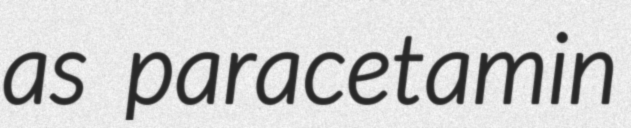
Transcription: as paracetamin